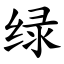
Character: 绿